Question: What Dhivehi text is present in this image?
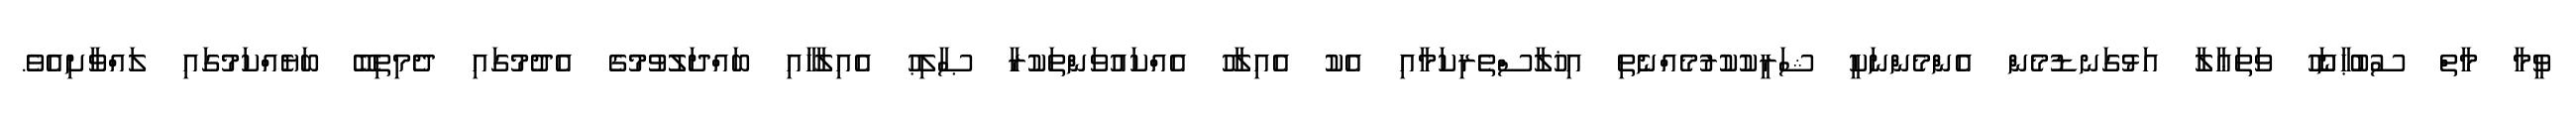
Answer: ވީމާ މާތް ސުބުޙާނަހޫ ވަތަޢާލާ އަޅުގަނޑުމެން އެންމެންނަކީ ޝަރީކުކުރުމެއްނެތި އިޚުލާސްތެރިކަމާއި އެކު އެއިލާހު އެއްކައުވަންތަކުރާ ޞާލިޙު އެއިލާހާއި ބައްދަލުވުމުގެ އެދުމުގައި ދެމިތިބޭ ބަޔެއްކަމުގައި ލައްވާށިއެވެ.